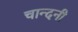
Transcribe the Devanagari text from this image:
चान्दनी